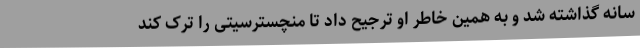
سانه گذاشته شد و به همین خاطر او ترجیح داد تا منچسترسیتی را ترک کند